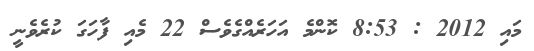
މައި 2012 : 8:53 ކޮންމެ އަހަރެއްގެވެސް 22 މެއި ފާހަގަ ކުރެވެނީ